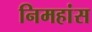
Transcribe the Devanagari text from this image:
निमहांस